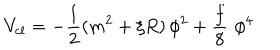
V _ { c l } = - \frac { 1 } { 2 } ( m ^ { 2 } + \xi R ) \, \phi ^ { 2 } + \frac { f } { 8 } \, \, \phi ^ { 4 }